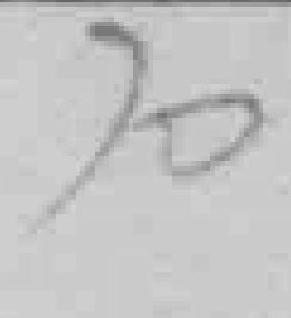
70